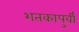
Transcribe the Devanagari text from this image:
शतकापुर्वी